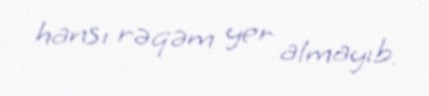
hansı rəqəm yer almayıb.